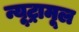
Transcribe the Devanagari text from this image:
न्यूट्रामूल